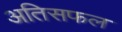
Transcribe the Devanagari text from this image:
अतिसफल